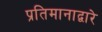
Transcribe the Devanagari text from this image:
प्रतिमानाद्वारे